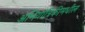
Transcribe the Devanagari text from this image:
अभियांत्रिकीमधील